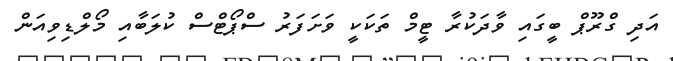
އަދި ގްރޫޕް ބީގައި ވާދަކުރާ ޓީމް ތަކަކީ ވަށަފަރު ސްޕޯޓްސް ކުލަބާއި މޯލްޑިވިއަން